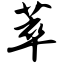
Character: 萃